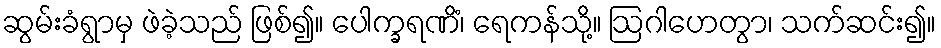
ဆွမ်းခံရွာမှ ဖဲခဲ့သည် ဖြစ်၍။ ပေါက္ခရဏိံ၊ ရေကန်သို့။ ဩဂါဟေတွာ၊ သက်ဆင်း၍။